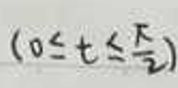
$( 0 \leq t \leq \frac { \pi } { 2 } )$